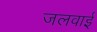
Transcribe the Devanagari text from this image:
जलवाई